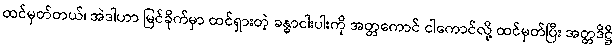
ထင်မှတ်တယ်၊ အဲဒါဟာ မြင်ခိုက်မှာ ထင်ရှားတဲ့ ခန္ဓာငါးပါးကို အတ္တကောင် ငါကောင်လို့ ထင်မှတ်ပြီး အတ္တဒိဋ္ဌိ